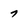
Character: 7